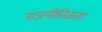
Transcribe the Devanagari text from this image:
राजनीतिज्ञता